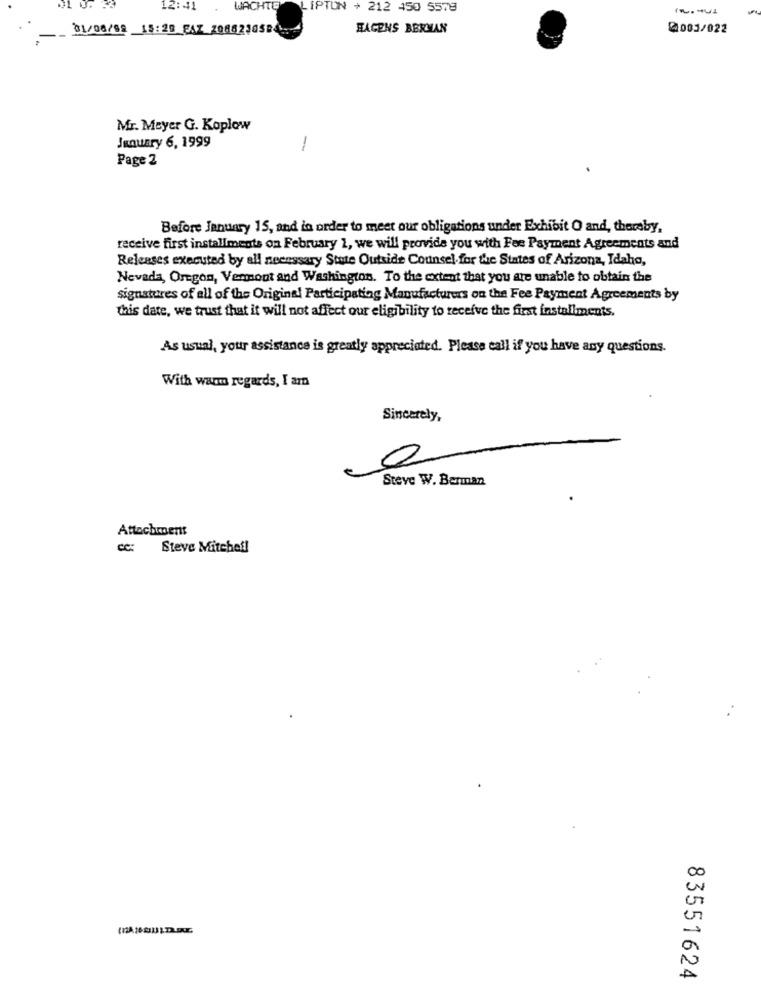
12: 41
WACHTE
LIPTON + 212 450 5579
01/08/09 15:28 FAZ 2086230584
HAGENS BERMAN
@003/022
Mr. Meyer G. Koplow
January 6, 1999
-
Page 2
Before January 15, and in order to meet our obligations under Exhibit O and, thereby,
receive first installments on February 1, we will provide you with Fee Payment Agreements and
Releases executed by all necessary State Outside Counsel for the States of Arizona, Idaho,
Nevada, Oregon, Vermont and Washington. To the extent that you are unable to obtain the
signatures of all of the Original Participating Manufacturers on the Fee Payment Agreements by
this date, we trust that it will not affect our eligibility to receive the first installments.
As usual, your assistance is greatly appreciated. Please call if you have any questions.
With warm regards, I am
Sincerely,
0
Steve W. Berman
Attachments
Steve Mitchefl
83551624